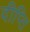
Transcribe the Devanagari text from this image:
दीप्‍ति